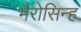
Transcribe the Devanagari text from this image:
भैरोसिन्ह